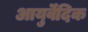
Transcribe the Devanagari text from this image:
आयुर्वॆदिक